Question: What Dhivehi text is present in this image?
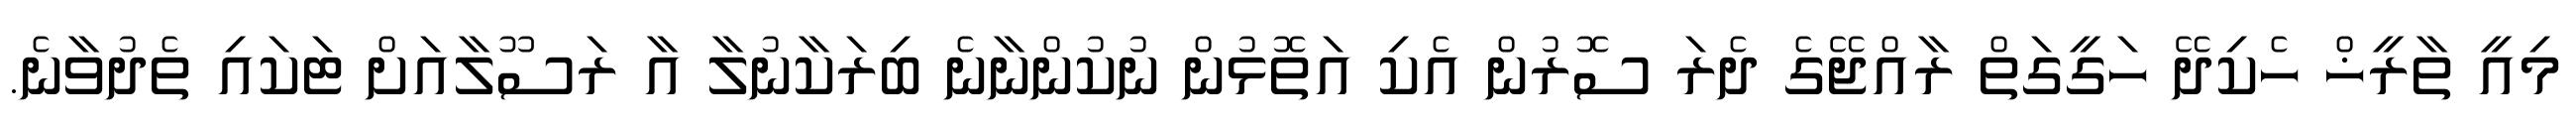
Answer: މިއީ ތާރީޚް ހެކިދޭ ހަގީގަތް ރާއްޖޭގެ ދެރަ ސޮރުން އެކި އަތޮޅުން ނުކުންނާނެ ބިރަކާނުލާ އާ ރަސޫލާއަށް ޓަކައި ތެދުވާނެ.